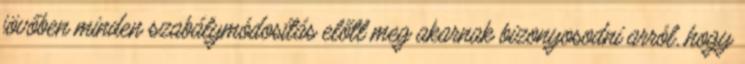
jövőben minden szabálymódosítás előtt meg akarnak bizonyosodni arról, hogy